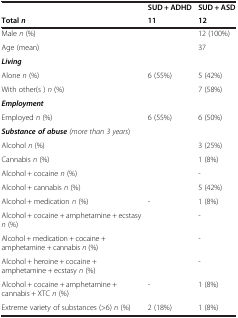
<table><thead><tr><td>[EMPTY_CELL]</td><td><b>SUD + ADHD</b></td><td><b>SUD + ASD</b></td></tr><tr><td><b>Total<i>n</i></b></td><td><b>11</b></td><td><b>12</b></td></tr></thead><tbody><tr><td>Male <i>n</i> (%)</td><td>[EMPTY_CELL]</td><td>12 (100%)</td></tr><tr><td>Age (mean)</td><td>[EMPTY_CELL]</td><td>37</td></tr><tr><td><b><i>Living</i></b></td><td>[EMPTY_CELL]</td><td>[EMPTY_CELL]</td></tr><tr><td>Alone <i>n</i> (%)</td><td>6 (55%)</td><td>5 (42%)</td></tr><tr><td>With other(s ) <i>n</i> (%)</td><td>[EMPTY_CELL]</td><td>7 (58%)</td></tr><tr><td><b><i>Employment</i></b></td><td>[EMPTY_CELL]</td><td>[EMPTY_CELL]</td></tr><tr><td>Employed <i>n</i> (%)</td><td>6 (55%)</td><td>6 (50%)</td></tr><tr><td><b><i>Substance of abuse</i></b><i>(more than 3 years</i>)</td><td>[EMPTY_CELL]</td><td>[EMPTY_CELL]</td></tr><tr><td>Alcohol <i>n</i> (%)</td><td>[EMPTY_CELL]</td><td>3 (25%)</td></tr><tr><td>Cannabis <i>n</i> (%)</td><td>[EMPTY_CELL]</td><td>1 (8%)</td></tr><tr><td>Alcohol + cocaine <i>n</i> (%)</td><td>[EMPTY_CELL]</td><td>-</td></tr><tr><td>Alcohol + cannabis <i>n</i> (%)</td><td>[EMPTY_CELL]</td><td>5 (42%)</td></tr><tr><td>Alcohol + medication <i>n</i> (%)</td><td>-</td><td>1 (8%)</td></tr><tr><td>Alcohol + cocaine + amphetamine + ecstasy <i>n</i> (%)</td><td>[EMPTY_CELL]</td><td>-</td></tr><tr><td>Alcohol + medication + cocaine + amphetamine + cannabis <i>n</i> (%)</td><td>[EMPTY_CELL]</td><td>-</td></tr><tr><td>Alcohol + heroine + cocaine + amphetamine + ecstasy <i>n</i> (%)</td><td>[EMPTY_CELL]</td><td>-</td></tr><tr><td>Alcohol + cocaine + amphetamine + cannabis + XTC <i>n</i> (%)</td><td>-</td><td>1 (8%)</td></tr><tr><td>Extreme variety of substances (&gt;6) <i>n</i> (%)</td><td>2 (18%)</td><td>1 (8%)</td></tr></tbody></table>